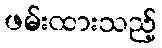
ဖမ်းထားသည့်